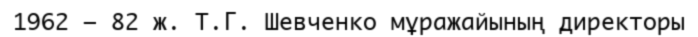
1962 – 82 ж. Т.Г. Шевченко мұражайының директоры